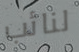
لنائب